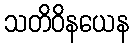
သတိဝိနယေန